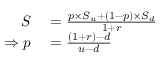
\begin{array} { r l } { S } & { { } = { \frac { p \times S _ { u } + ( 1 - p ) \times S _ { d } } { 1 + r } } } \\ { \Rightarrow p } & { { } = { \frac { ( 1 + r ) - d } { u - d } } } \end{array}